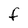
Character: F